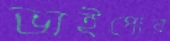
ভাইপোর